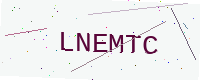
Text: LNEMTC